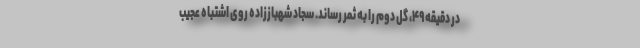
در دقیقه ۴۹، گل دوم را به ثمر رساند. سجاد شهباززاده روی اشتباه عجیب